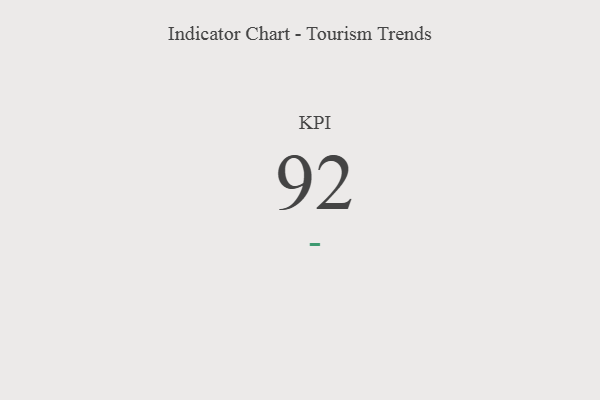
{"axis": {"x": "KPI", "y": "Value"}, "legend": [""], "data": [{"x": "KPI", "y": 92, "type": ""}]}